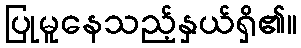
ပြုမူနေသည့်နှယ်ရှိ၏။